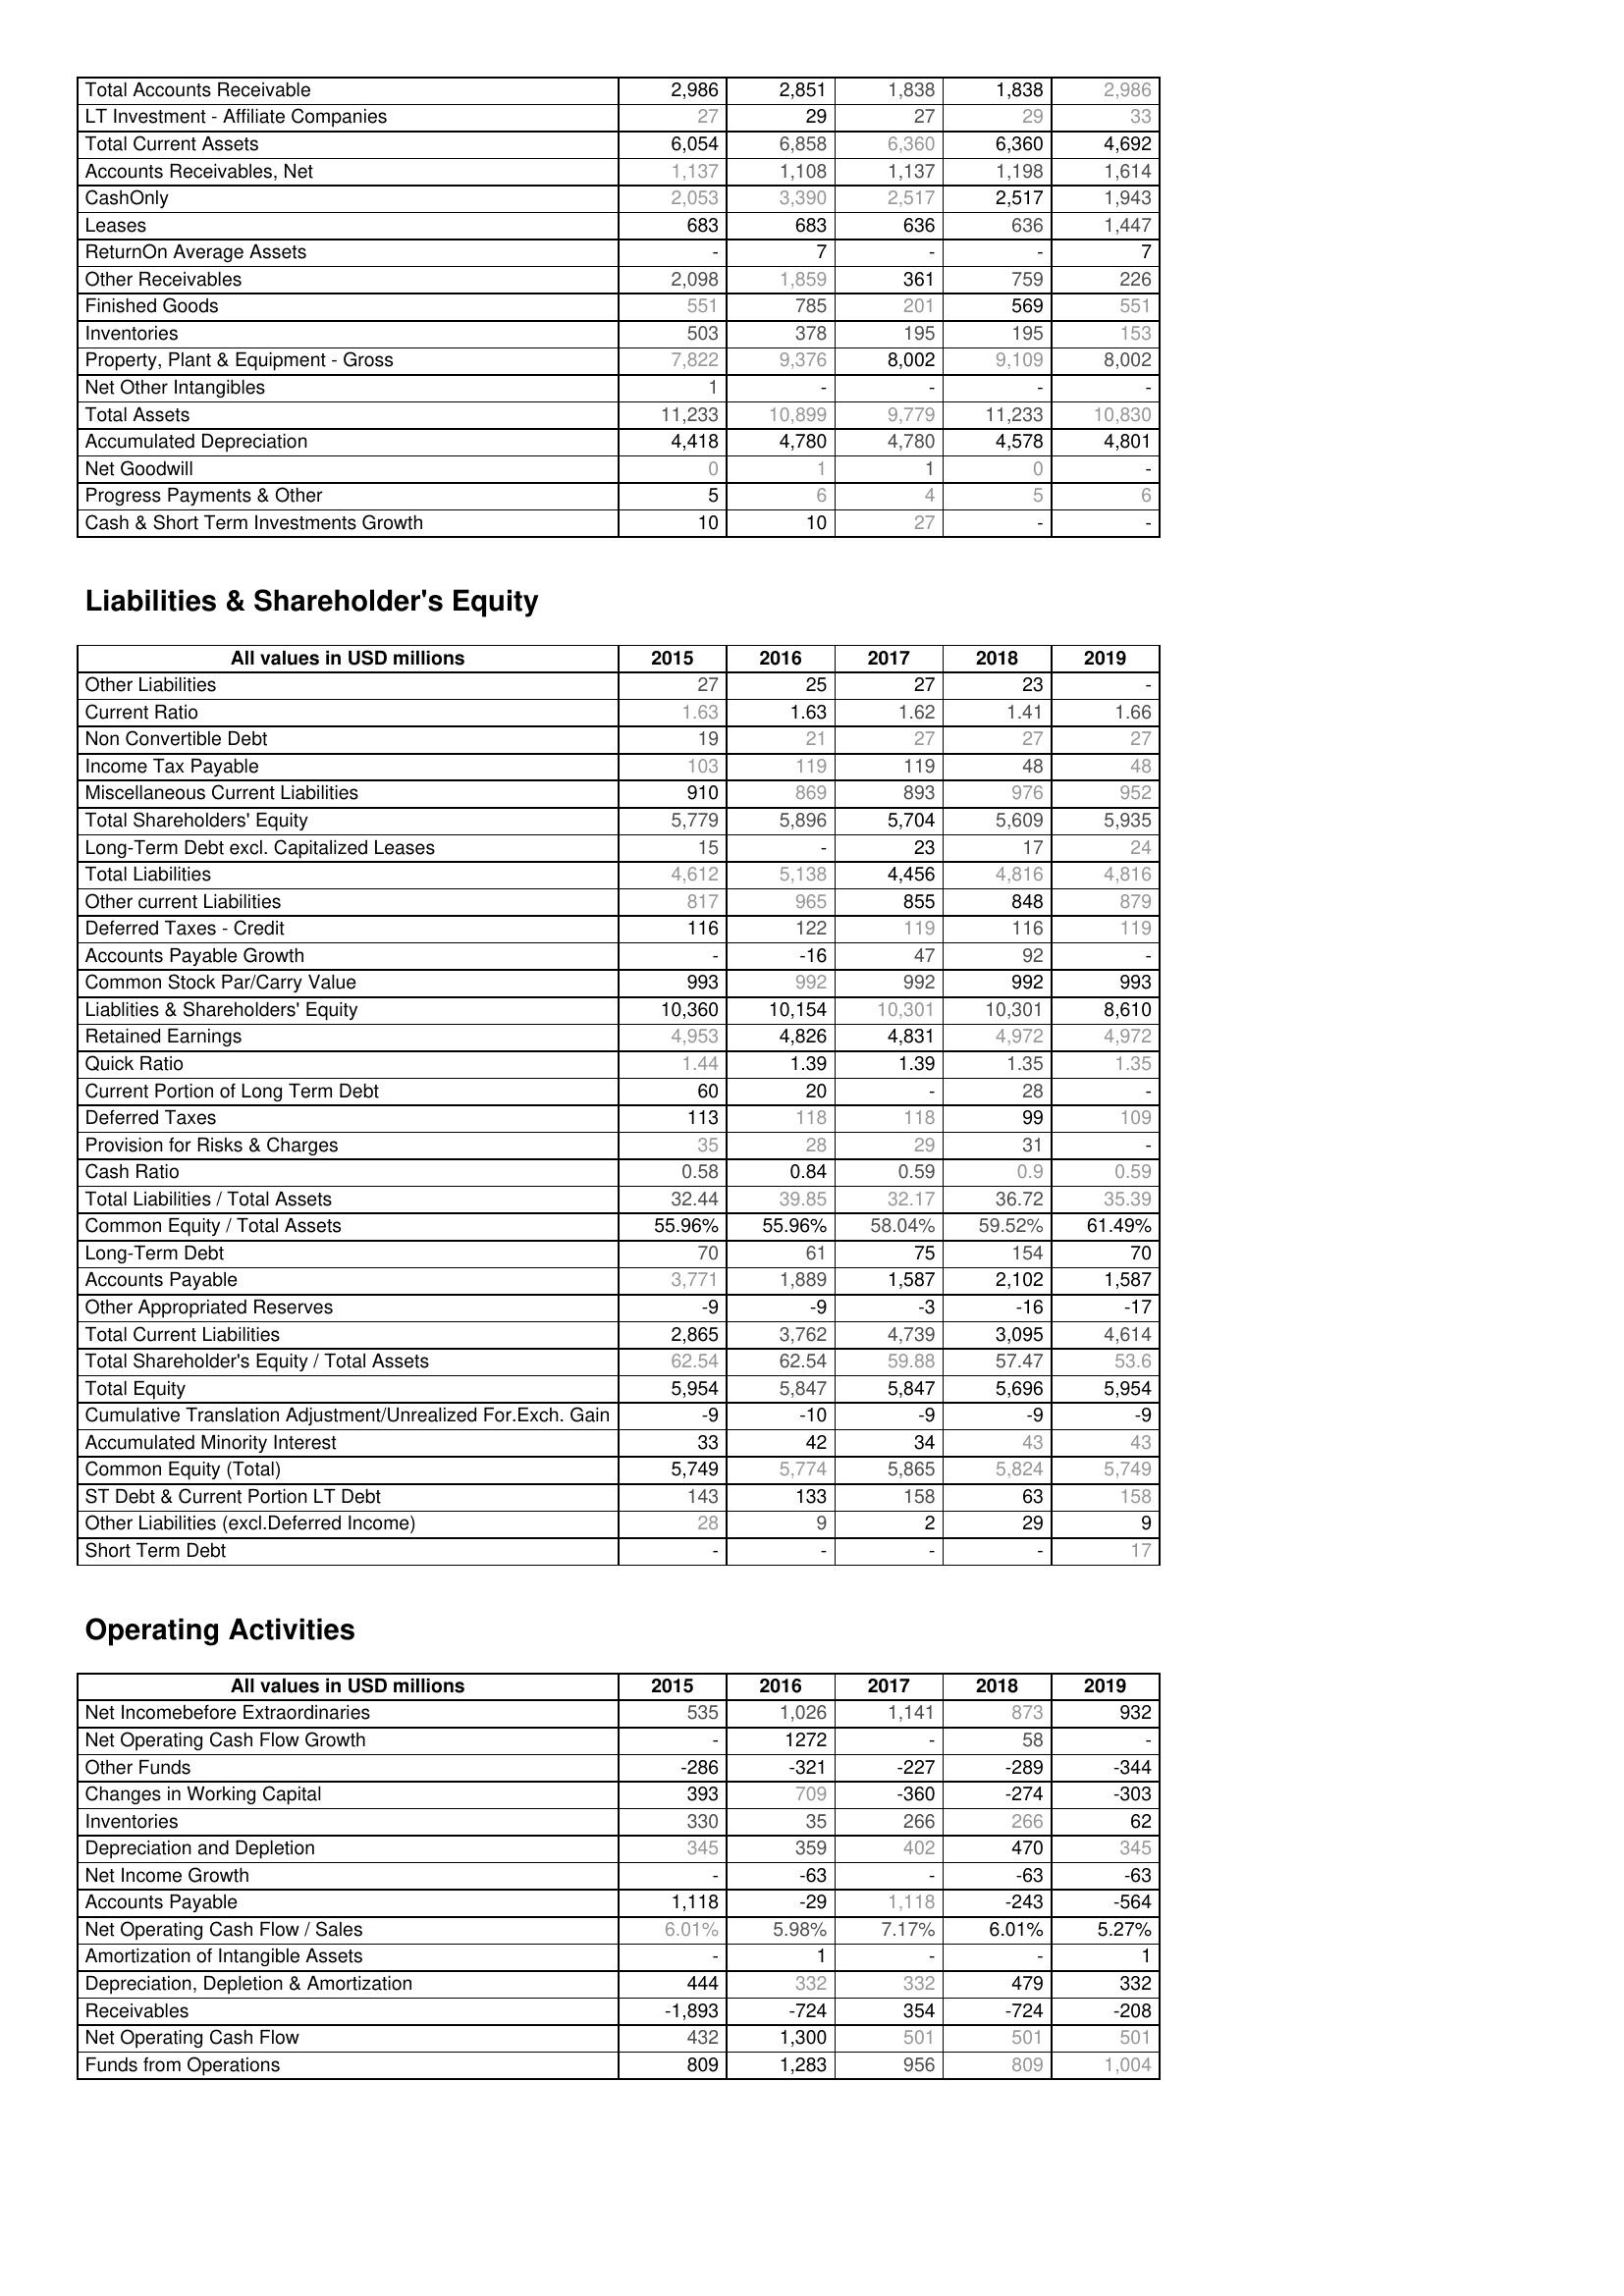
2015: Assets: Total Accounts Receivable: 2,986
LT Investment - Affiliate Companies: 27
Total Current Assets: 6,054
Accounts Receivables, Net: 1,137
CashOnly: 2,053
Leases: 683
ReturnOn Average Assets: -
Other Receivables: 2,098
Finished Goods: 551
Inventories: 503
Property, Plant & Equipment - Gross : 7,822
Net Other Intangibles: 1
Total Assets: 11,233
Accumulated Depreciation: 4,418
Net Goodwill: 0
Progress Payments & Other: 5
Cash & Short Term Investments Growth: 10
Liabilities & Shareholder's Equity: Other Liabilities: 27
Current Ratio: 1.63
Non Convertible Debt: 19
Income Tax Payable: 103
Miscellaneous Current Liabilities: 910
Total Shareholders' Equity: 5,779
Long-Term Debt excl. Capitalized Leases: 15
Total Liabilities: 4,612
Other current Liabilities: 817
Deferred Taxes - Credit: 116
Accounts Payable Growth: -
Common Stock Par/Carry Value: 993
Liablities & Shareholders' Equity: 10,360
Retained Earnings: 4,953
Quick Ratio: 1.44
Current Portion of Long Term Debt: 60
Deferred Taxes: 113
Provision for Risks & Charges: 35
Cash Ratio: 0.58
Total Liabilities / Total Assets: 32.44
Common Equity / Total Assets: 55.96%
Long-Term Debt: 70
Accounts Payable: 3,771
Other Appropriated Reserves: -9
Total Current Liabilities: 2,865
Total Shareholder's Equity / Total Assets: 62.54
Total Equity: 5,954
Cumulative Translation Adjustment/Unrealized For.Exch. Gain: -9
Accumulated Minority Interest: 33
Common Equity (Total): 5,749
ST Debt & Current Portion LT Debt: 143
Other Liabilities (excl.Deferred Income): 28
Short Term Debt: -
Operating Activities: Net Incomebefore Extraordinaries: 535
Net Operating Cash Flow Growth: -
Other Funds: -286
Changes in Working Capital: 393
Inventories: 330
Depreciation and Depletion: 345
Net Income Growth: -
Accounts Payable: 1,118
Net Operating Cash Flow / Sales: 6.01%
Amortization of Intangible Assets: -
Depreciation, Depletion & Amortization: 444
Receivables: -1,893
Net Operating Cash Flow: 432
Funds from Operations: 809
2016: Assets: Total Accounts Receivable: 2,851
LT Investment - Affiliate Companies: 29
Total Current Assets: 6,858
Accounts Receivables, Net: 1,108
CashOnly: 3,390
Leases: 683
ReturnOn Average Assets: 7
Other Receivables: 1,859
Finished Goods: 785
Inventories: 378
Property, Plant & Equipment - Gross : 9,376
Net Other Intangibles: -
Total Assets: 10,899
Accumulated Depreciation: 4,780
Net Goodwill: 1
Progress Payments & Other: 6
Cash & Short Term Investments Growth: 10
Liabilities & Shareholder's Equity: Other Liabilities: 25
Current Ratio: 1.63
Non Convertible Debt: 21
Income Tax Payable: 119
Miscellaneous Current Liabilities: 869
Total Shareholders' Equity: 5,896
Long-Term Debt excl. Capitalized Leases: -
Total Liabilities: 5,138
Other current Liabilities: 965
Deferred Taxes - Credit: 122
Accounts Payable Growth: -16
Common Stock Par/Carry Value: 992
Liablities & Shareholders' Equity: 10,154
Retained Earnings: 4,826
Quick Ratio: 1.39
Current Portion of Long Term Debt: 20
Deferred Taxes: 118
Provision for Risks & Charges: 28
Cash Ratio: 0.84
Total Liabilities / Total Assets: 39.85
Common Equity / Total Assets: 55.96%
Long-Term Debt: 61
Accounts Payable: 1,889
Other Appropriated Reserves: -9
Total Current Liabilities: 3,762
Total Shareholder's Equity / Total Assets: 62.54
Total Equity: 5,847
Cumulative Translation Adjustment/Unrealized For.Exch. Gain: -10
Accumulated Minority Interest: 42
Common Equity (Total): 5,774
ST Debt & Current Portion LT Debt: 133
Other Liabilities (excl.Deferred Income): 9
Short Term Debt: -
Operating Activities: Net Incomebefore Extraordinaries: 1,026
Net Operating Cash Flow Growth: 1272
Other Funds: -321
Changes in Working Capital: 709
Inventories: 35
Depreciation and Depletion: 359
Net Income Growth: -63
Accounts Payable: -29
Net Operating Cash Flow / Sales: 5.98%
Amortization of Intangible Assets: 1
Depreciation, Depletion & Amortization: 332
Receivables: -724
Net Operating Cash Flow: 1,300
Funds from Operations: 1,283
2017: Assets: Total Accounts Receivable: 1,838
LT Investment - Affiliate Companies: 27
Total Current Assets: 6,360
Accounts Receivables, Net: 1,137
CashOnly: 2,517
Leases: 636
ReturnOn Average Assets: -
Other Receivables: 361
Finished Goods: 201
Inventories: 195
Property, Plant & Equipment - Gross : 8,002
Net Other Intangibles: -
Total Assets: 9,779
Accumulated Depreciation: 4,780
Net Goodwill: 1
Progress Payments & Other: 4
Cash & Short Term Investments Growth: 27
Liabilities & Shareholder's Equity: Other Liabilities: 27
Current Ratio: 1.62
Non Convertible Debt: 27
Income Tax Payable: 119
Miscellaneous Current Liabilities: 893
Total Shareholders' Equity: 5,704
Long-Term Debt excl. Capitalized Leases: 23
Total Liabilities: 4,456
Other current Liabilities: 855
Deferred Taxes - Credit: 119
Accounts Payable Growth: 47
Common Stock Par/Carry Value: 992
Liablities & Shareholders' Equity: 10,301
Retained Earnings: 4,831
Quick Ratio: 1.39
Current Portion of Long Term Debt: -
Deferred Taxes: 118
Provision for Risks & Charges: 29
Cash Ratio: 0.59
Total Liabilities / Total Assets: 32.17
Common Equity / Total Assets: 58.04%
Long-Term Debt: 75
Accounts Payable: 1,587
Other Appropriated Reserves: -3
Total Current Liabilities: 4,739
Total Shareholder's Equity / Total Assets: 59.88
Total Equity: 5,847
Cumulative Translation Adjustment/Unrealized For.Exch. Gain: -9
Accumulated Minority Interest: 34
Common Equity (Total): 5,865
ST Debt & Current Portion LT Debt: 158
Other Liabilities (excl.Deferred Income): 2
Short Term Debt: -
Operating Activities: Net Incomebefore Extraordinaries: 1,141
Net Operating Cash Flow Growth: -
Other Funds: -227
Changes in Working Capital: -360
Inventories: 266
Depreciation and Depletion: 402
Net Income Growth: -
Accounts Payable: 1,118
Net Operating Cash Flow / Sales: 7.17%
Amortization of Intangible Assets: -
Depreciation, Depletion & Amortization: 332
Receivables: 354
Net Operating Cash Flow: 501
Funds from Operations: 956
2018: Assets: Total Accounts Receivable: 1,838
LT Investment - Affiliate Companies: 29
Total Current Assets: 6,360
Accounts Receivables, Net: 1,198
CashOnly: 2,517
Leases: 636
ReturnOn Average Assets: -
Other Receivables: 759
Finished Goods: 569
Inventories: 195
Property, Plant & Equipment - Gross : 9,109
Net Other Intangibles: -
Total Assets: 11,233
Accumulated Depreciation: 4,578
Net Goodwill: 0
Progress Payments & Other: 5
Cash & Short Term Investments Growth: -
Liabilities & Shareholder's Equity: Other Liabilities: 23
Current Ratio: 1.41
Non Convertible Debt: 27
Income Tax Payable: 48
Miscellaneous Current Liabilities: 976
Total Shareholders' Equity: 5,609
Long-Term Debt excl. Capitalized Leases: 17
Total Liabilities: 4,816
Other current Liabilities: 848
Deferred Taxes - Credit: 116
Accounts Payable Growth: 92
Common Stock Par/Carry Value: 992
Liablities & Shareholders' Equity: 10,301
Retained Earnings: 4,972
Quick Ratio: 1.35
Current Portion of Long Term Debt: 28
Deferred Taxes: 99
Provision for Risks & Charges: 31
Cash Ratio: 0.9
Total Liabilities / Total Assets: 36.72
Common Equity / Total Assets: 59.52%
Long-Term Debt: 154
Accounts Payable: 2,102
Other Appropriated Reserves: -16
Total Current Liabilities: 3,095
Total Shareholder's Equity / Total Assets: 57.47
Total Equity: 5,696
Cumulative Translation Adjustment/Unrealized For.Exch. Gain: -9
Accumulated Minority Interest: 43
Common Equity (Total): 5,824
ST Debt & Current Portion LT Debt: 63
Other Liabilities (excl.Deferred Income): 29
Short Term Debt: -
Operating Activities: Net Incomebefore Extraordinaries: 873
Net Operating Cash Flow Growth: 58
Other Funds: -289
Changes in Working Capital: -274
Inventories: 266
Depreciation and Depletion: 470
Net Income Growth: -63
Accounts Payable: -243
Net Operating Cash Flow / Sales: 6.01%
Amortization of Intangible Assets: -
Depreciation, Depletion & Amortization: 479
Receivables: -724
Net Operating Cash Flow: 501
Funds from Operations: 809
2019: Assets: Total Accounts Receivable: 2,986
LT Investment - Affiliate Companies: 33
Total Current Assets: 4,692
Accounts Receivables, Net: 1,614
CashOnly: 1,943
Leases: 1,447
ReturnOn Average Assets: 7
Other Receivables: 226
Finished Goods: 551
Inventories: 153
Property, Plant & Equipment - Gross : 8,002
Net Other Intangibles: -
Total Assets: 10,830
Accumulated Depreciation: 4,801
Net Goodwill: -
Progress Payments & Other: 6
Cash & Short Term Investments Growth: -
Liabilities & Shareholder's Equity: Other Liabilities: -
Current Ratio: 1.66
Non Convertible Debt: 27
Income Tax Payable: 48
Miscellaneous Current Liabilities: 952
Total Shareholders' Equity: 5,935
Long-Term Debt excl. Capitalized Leases: 24
Total Liabilities: 4,816
Other current Liabilities: 879
Deferred Taxes - Credit: 119
Accounts Payable Growth: -
Common Stock Par/Carry Value: 993
Liablities & Shareholders' Equity: 8,610
Retained Earnings: 4,972
Quick Ratio: 1.35
Current Portion of Long Term Debt: -
Deferred Taxes: 109
Provision for Risks & Charges: -
Cash Ratio: 0.59
Total Liabilities / Total Assets: 35.39
Common Equity / Total Assets: 61.49%
Long-Term Debt: 70
Accounts Payable: 1,587
Other Appropriated Reserves: -17
Total Current Liabilities: 4,614
Total Shareholder's Equity / Total Assets: 53.6
Total Equity: 5,954
Cumulative Translation Adjustment/Unrealized For.Exch. Gain: -9
Accumulated Minority Interest: 43
Common Equity (Total): 5,749
ST Debt & Current Portion LT Debt: 158
Other Liabilities (excl.Deferred Income): 9
Short Term Debt: 17
Operating Activities: Net Incomebefore Extraordinaries: 932
Net Operating Cash Flow Growth: -
Other Funds: -344
Changes in Working Capital: -303
Inventories: 62
Depreciation and Depletion: 345
Net Income Growth: -63
Accounts Payable: -564
Net Operating Cash Flow / Sales: 5.27%
Amortization of Intangible Assets: 1
Depreciation, Depletion & Amortization: 332
Receivables: -208
Net Operating Cash Flow: 501
Funds from Operations: 1,004